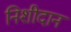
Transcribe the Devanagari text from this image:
निशीदान